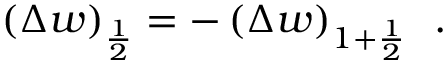
{ \left( \Delta w \right) _ { \frac { 1 } { 2 } } = - \left( \Delta w \right) _ { 1 + \frac { 1 } { 2 } } \, \mathrm { ~ . ~ } }